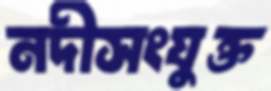
নদীসংযুক্ত